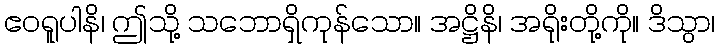
ဧဝရူပါနိ၊ ဤသို့ သဘောရှိကုန်သော။ အဋ္ဌိနိ၊ အရိုးတို့ကို။ ဒိသွာ၊